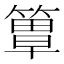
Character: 𥲺